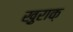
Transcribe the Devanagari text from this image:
ख़ुराक़